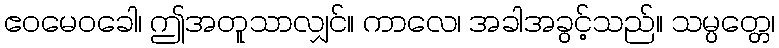
ဧဝမေဝခေါ၊ ဤအတူသာလျှင်။ ကာလေ၊ အခါအခွင့်သည်။ သမ္ပတ္တေ၊